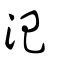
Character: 氾